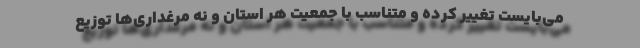
می‌بایست تغییر کرده و متناسب با جمعیت هر استان و‌ نه مرغداری‌ها توزیع